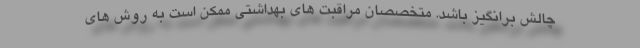
چالش برانگیز باشد. متخصصان مراقبت های بهداشتی ممکن است به روش های